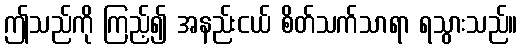
ဤသည်ကို ကြည့်၍ အနည်းငယ် စိတ်သက်သာရာ ရသွားသည်။